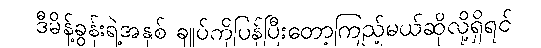
ဒီမိန့်ခွန်းရဲ့အနှစ် ချုပ်ကိုပြန်ပြီးတော့ကြည့်မယ်ဆိုလို့ရှိရင်